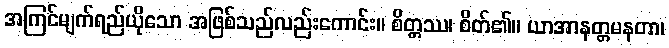
အကြင်မျက်ရည်ယိုသော အဖြစ်သည်လည်းကောင်း။ စိတ္တဿ၊ စိတ်၏။ ယာအာနတ္တမနတာ၊